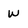
Character: W